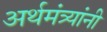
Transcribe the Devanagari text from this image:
अर्थमंत्र्यांनी